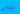
ديربي